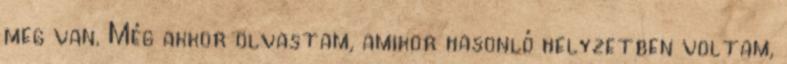
meg van. Még akkor olvastam, amikor hasonló helyzetben voltam,